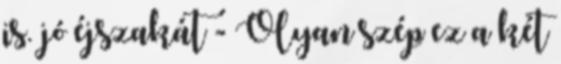
is. jó éjszakát - Olyan szép ez a két